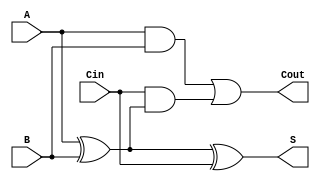
module asynchronous_full_adder (
    input wire A,      // First bit input
    input wire B,      // Second bit input
    input wire Cin,    // Carry-in input
    output wire S,     // Sum output
    output wire Cout   // Carry-out output
);

// Intermediate wires for the XOR and AND operations
wire A_xor_B;        // Intermediate sum of A and B
wire A_xor_B_and_Cin; // Intermediate term for carry-out

// Compute the intermediate sum using XOR gates
assign A_xor_B = A ^ B;          // A XOR B
assign S = A_xor_B ^ Cin;        // S = (A XOR B) XOR Cin

// Compute the carry-out using AND and OR gates
assign A_xor_B_and_Cin = Cin & A_xor_B;  // Cin AND (A XOR B)
assign Cout = (A & B) | A_xor_B_and_Cin; // Cout = (A AND B) OR (Cin AND (A XOR B))

endmodule